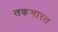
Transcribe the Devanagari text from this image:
तकभारत